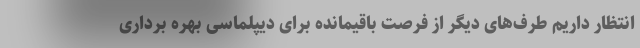
انتظار داریم طرف‌های دیگر از فرصت باقیمانده برای دیپلماسی بهره برداری